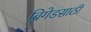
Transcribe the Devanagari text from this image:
ब्रिगेडसाठी